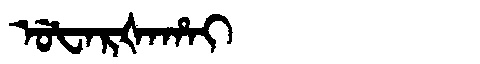
Manchu: ᡠᡶᠠᡵᡧᠠᡥᠠᡳ
Romanization: UFARŠAHAI